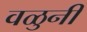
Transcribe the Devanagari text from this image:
वळुनी